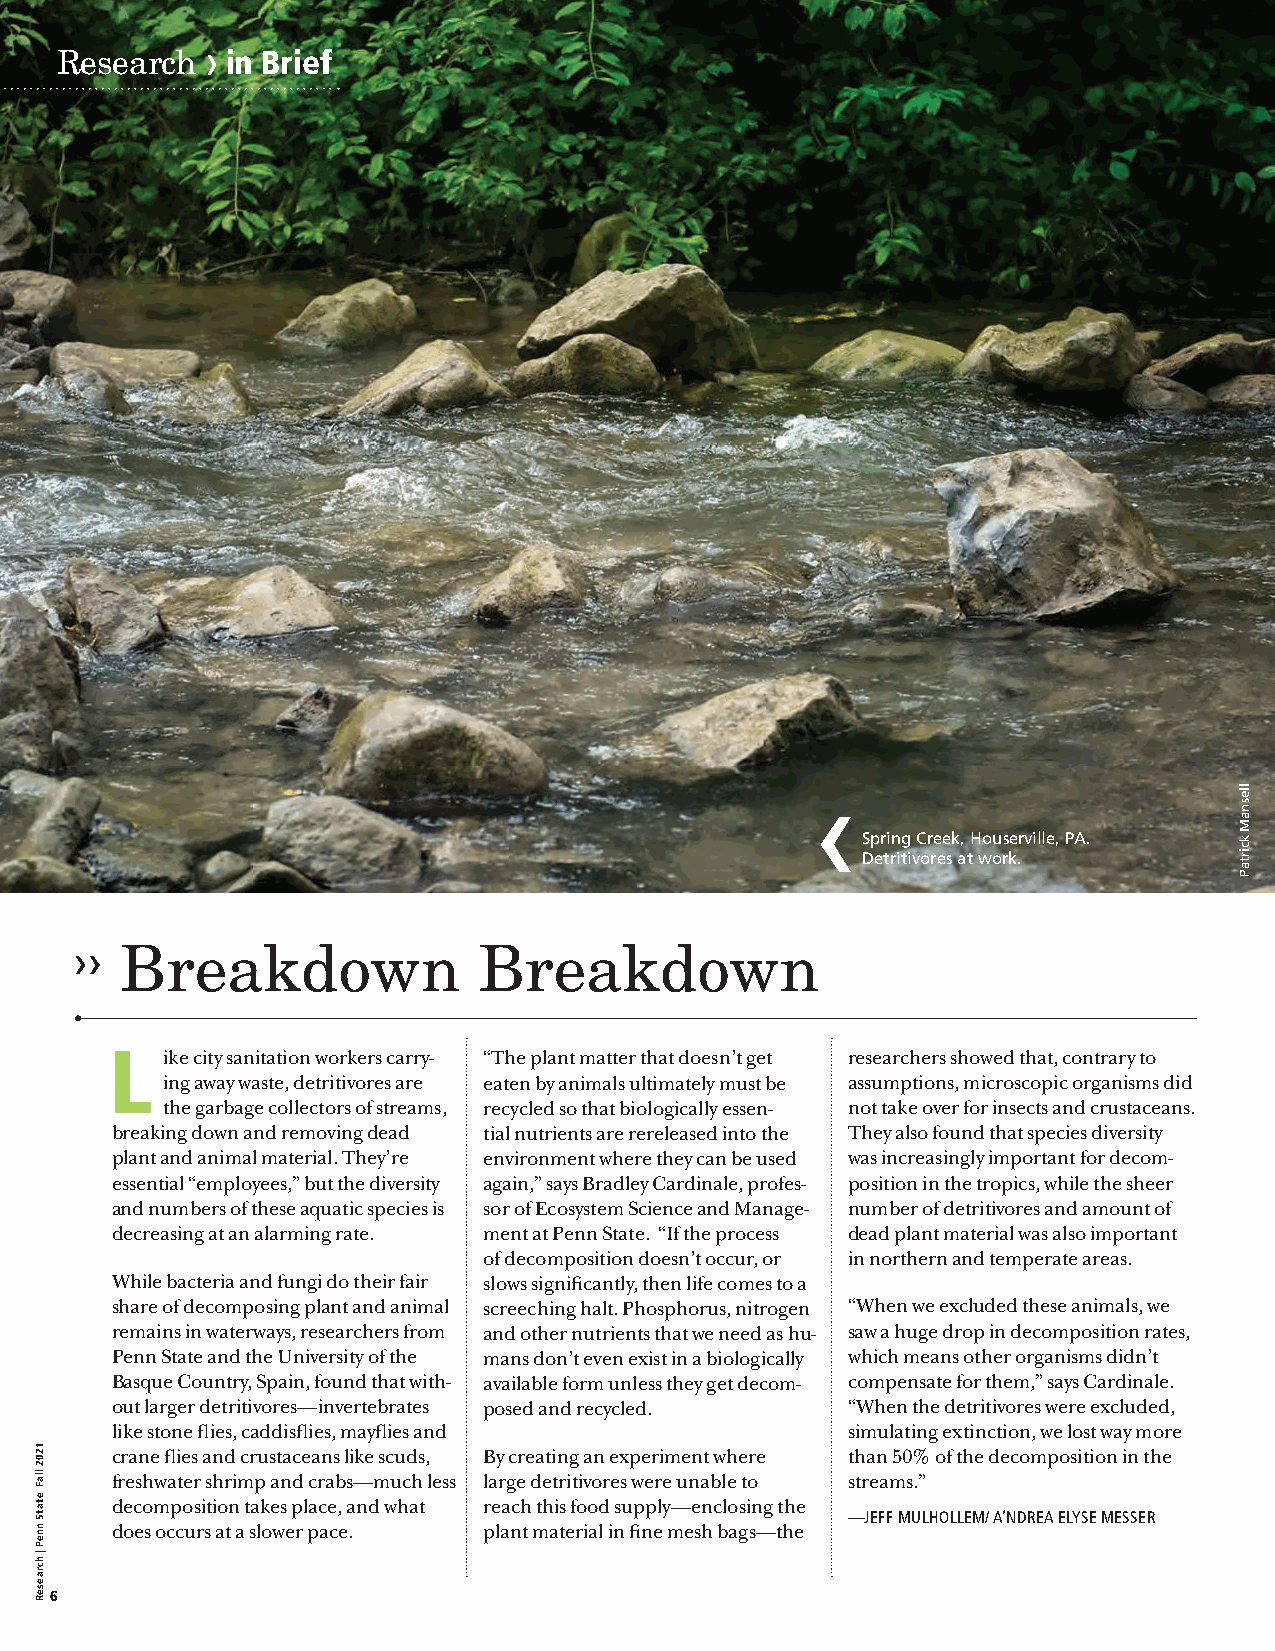
›
 Research   in Brief
 Spring Creek, Houserville, PA.
 Detritivores at work.
 Breakdown               Breakdown
 L   ike city sanitation workers carry- “The plant matter that doesn’t get researchers showed that, contrary to
 ing away waste, detritivores are eaten by animals ultimately must be assumptions, microscopic organisms did
 the garbage collectors of streams, recycled so that biologically essen- not take over for insects and crustaceans.
 breaking down and removing dead tial nutrients are rereleased into the They also found that species diversity
 plant and animal material. They’re environment where they can be used was increasingly important for decom-
 essential “employees,” but the diversity again,” says Bradley Cardinale, profes- position in the tropics, while the sheer
 and numbers of these aquatic species is sor of Ecosystem Science and Manage- number of detritivores and amount of
 decreasing at an alarming rate. ment at Penn State. “If the process dead plant material was also important
 of decomposition doesn’t occur, or in northern and temperate areas.
 While bacteria and fungi do their fair slows significantly, then life comes to a
 share of decomposing plant and animal screeching halt. Phosphorus, nitrogen “When we excluded these animals, we
 remains in waterways, researchers from and other nutrients that we need as hu- saw a huge drop in decomposition rates,
 Penn State and the University of the mans don’t even exist in a biologically which means other organisms didn’t
 Basque Country, Spain, found that with- available form unless they get decom- compensate for them,” says Cardinale.
 out larger detritivores—invertebrates posed and recycled. “When the detritivores were excluded,
 like stone flies, caddisflies, mayflies and      simulating extinction, we lost way more
 crane flies and crustaceans like scuds, By creating an experiment where than 50% of the decomposition in the
 freshwater shrimp and crabs—much less large detritivores were unable to streams.”
 decomposition takes place, and what reach this food supply—enclosing the
 —JEFF MULHOLLEM/ A’NDREA ELYSE MESSER
 does occurs at a slower pace. plant material in fine mesh bags—the
 6
 1202
 llaF
 etatS
 nneP
 | hcraeseR
 llesnaM
 kcirtaP